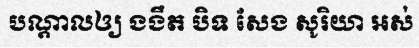
បណ្តាលឲ្យ ងងឹត បិទ សែង សូរិយា អស់